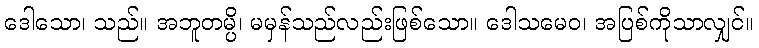
ဒေါသော၊ သည်။ အဘူတမ္ပိ၊ မမှန်သည်လည်းဖြစ်သော။ ဒေါသမေဝ၊ အပြစ်ကိုသာလျှင်။